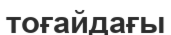
тоғайдағы